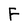
Character: F